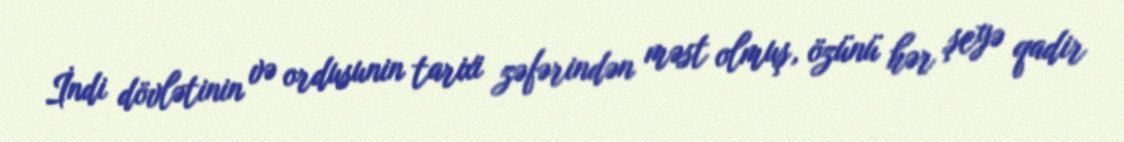
İndi dövlətinin və ordusunin tarixi zəfərindən məst olmuş, özünü hər şeyə qadir